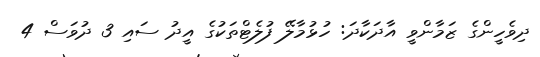
ދިވެހީންގެ ޒަމާންވީ އާދަކާދަ: ހުޅުމާލޭ ފުލެޓްތަކުގެ އީދު ސައި 3 ދުވަސް 4